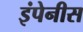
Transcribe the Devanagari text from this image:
इंपेनीस